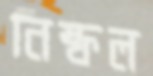
নিষ্ফল